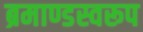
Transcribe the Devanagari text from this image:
ब्रमाण्डस्वरूप